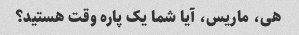
هی، ماریس، آیا شما یک پاره وقت هستید؟